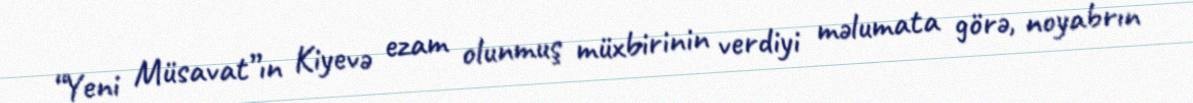
“Yeni Müsavat”ın Kiyevə ezam olunmuş müxbirinin verdiyi məlumata görə, noyabrın